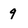
Character: 9